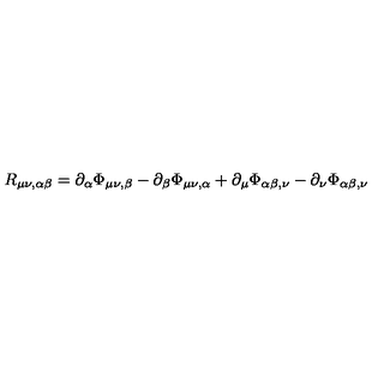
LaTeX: R _ { \mu \nu , \alpha \beta } = \partial _ { \alpha } \Phi _ { \mu \nu , \beta } - \partial _ { \beta } \Phi _ { \mu \nu , \alpha } + \partial _ { \mu } \Phi _ { \alpha \beta , \nu } - \partial _ { \nu } \Phi _ { \alpha \beta , \nu }